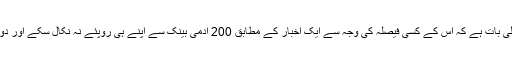
ایک وزیراعظم کے لئے یہ کوئی معمولی بات ہے کہ اس کے کسی فیصلہ کی وجہ سے ایک اخبار کے مطابق 200 آدمی بینک سے اپنے ہی روپئے نہ نکال سکے اور دوا یا غذا نہ ملنے کی وجہ سے مر گئے۔